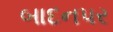
બાદનપર